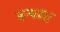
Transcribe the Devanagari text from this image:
इन्फॉर्म